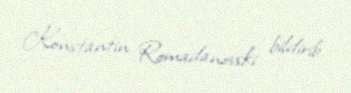
Konstantin Romadanovski bildirib.